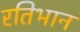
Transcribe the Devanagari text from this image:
रतिभान